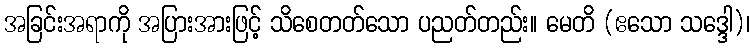
အခြင်းအရာကို အပြားအားဖြင့် သိစေတတ်သော ပညတ်တည်း။ မေတိ (ဧသော သဒ္ဒေါ)၊